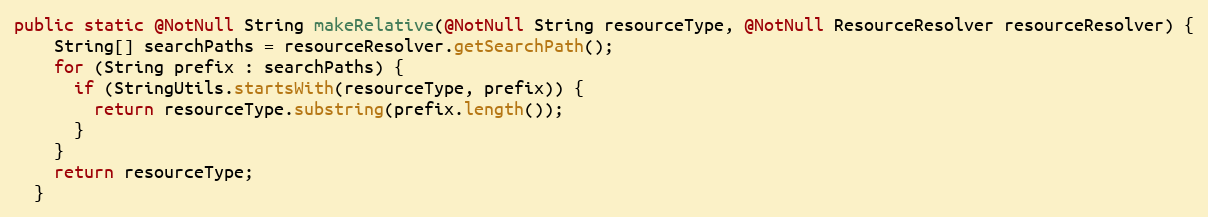
Language: Java
public static @NotNull String makeRelative(@NotNull String resourceType, @NotNull ResourceResolver resourceResolver) {
    String[] searchPaths = resourceResolver.getSearchPath();
    for (String prefix : searchPaths) {
      if (StringUtils.startsWith(resourceType, prefix)) {
        return resourceType.substring(prefix.length());
      }
    }
    return resourceType;
  }